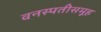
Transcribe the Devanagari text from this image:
वनस्पतीसमूह